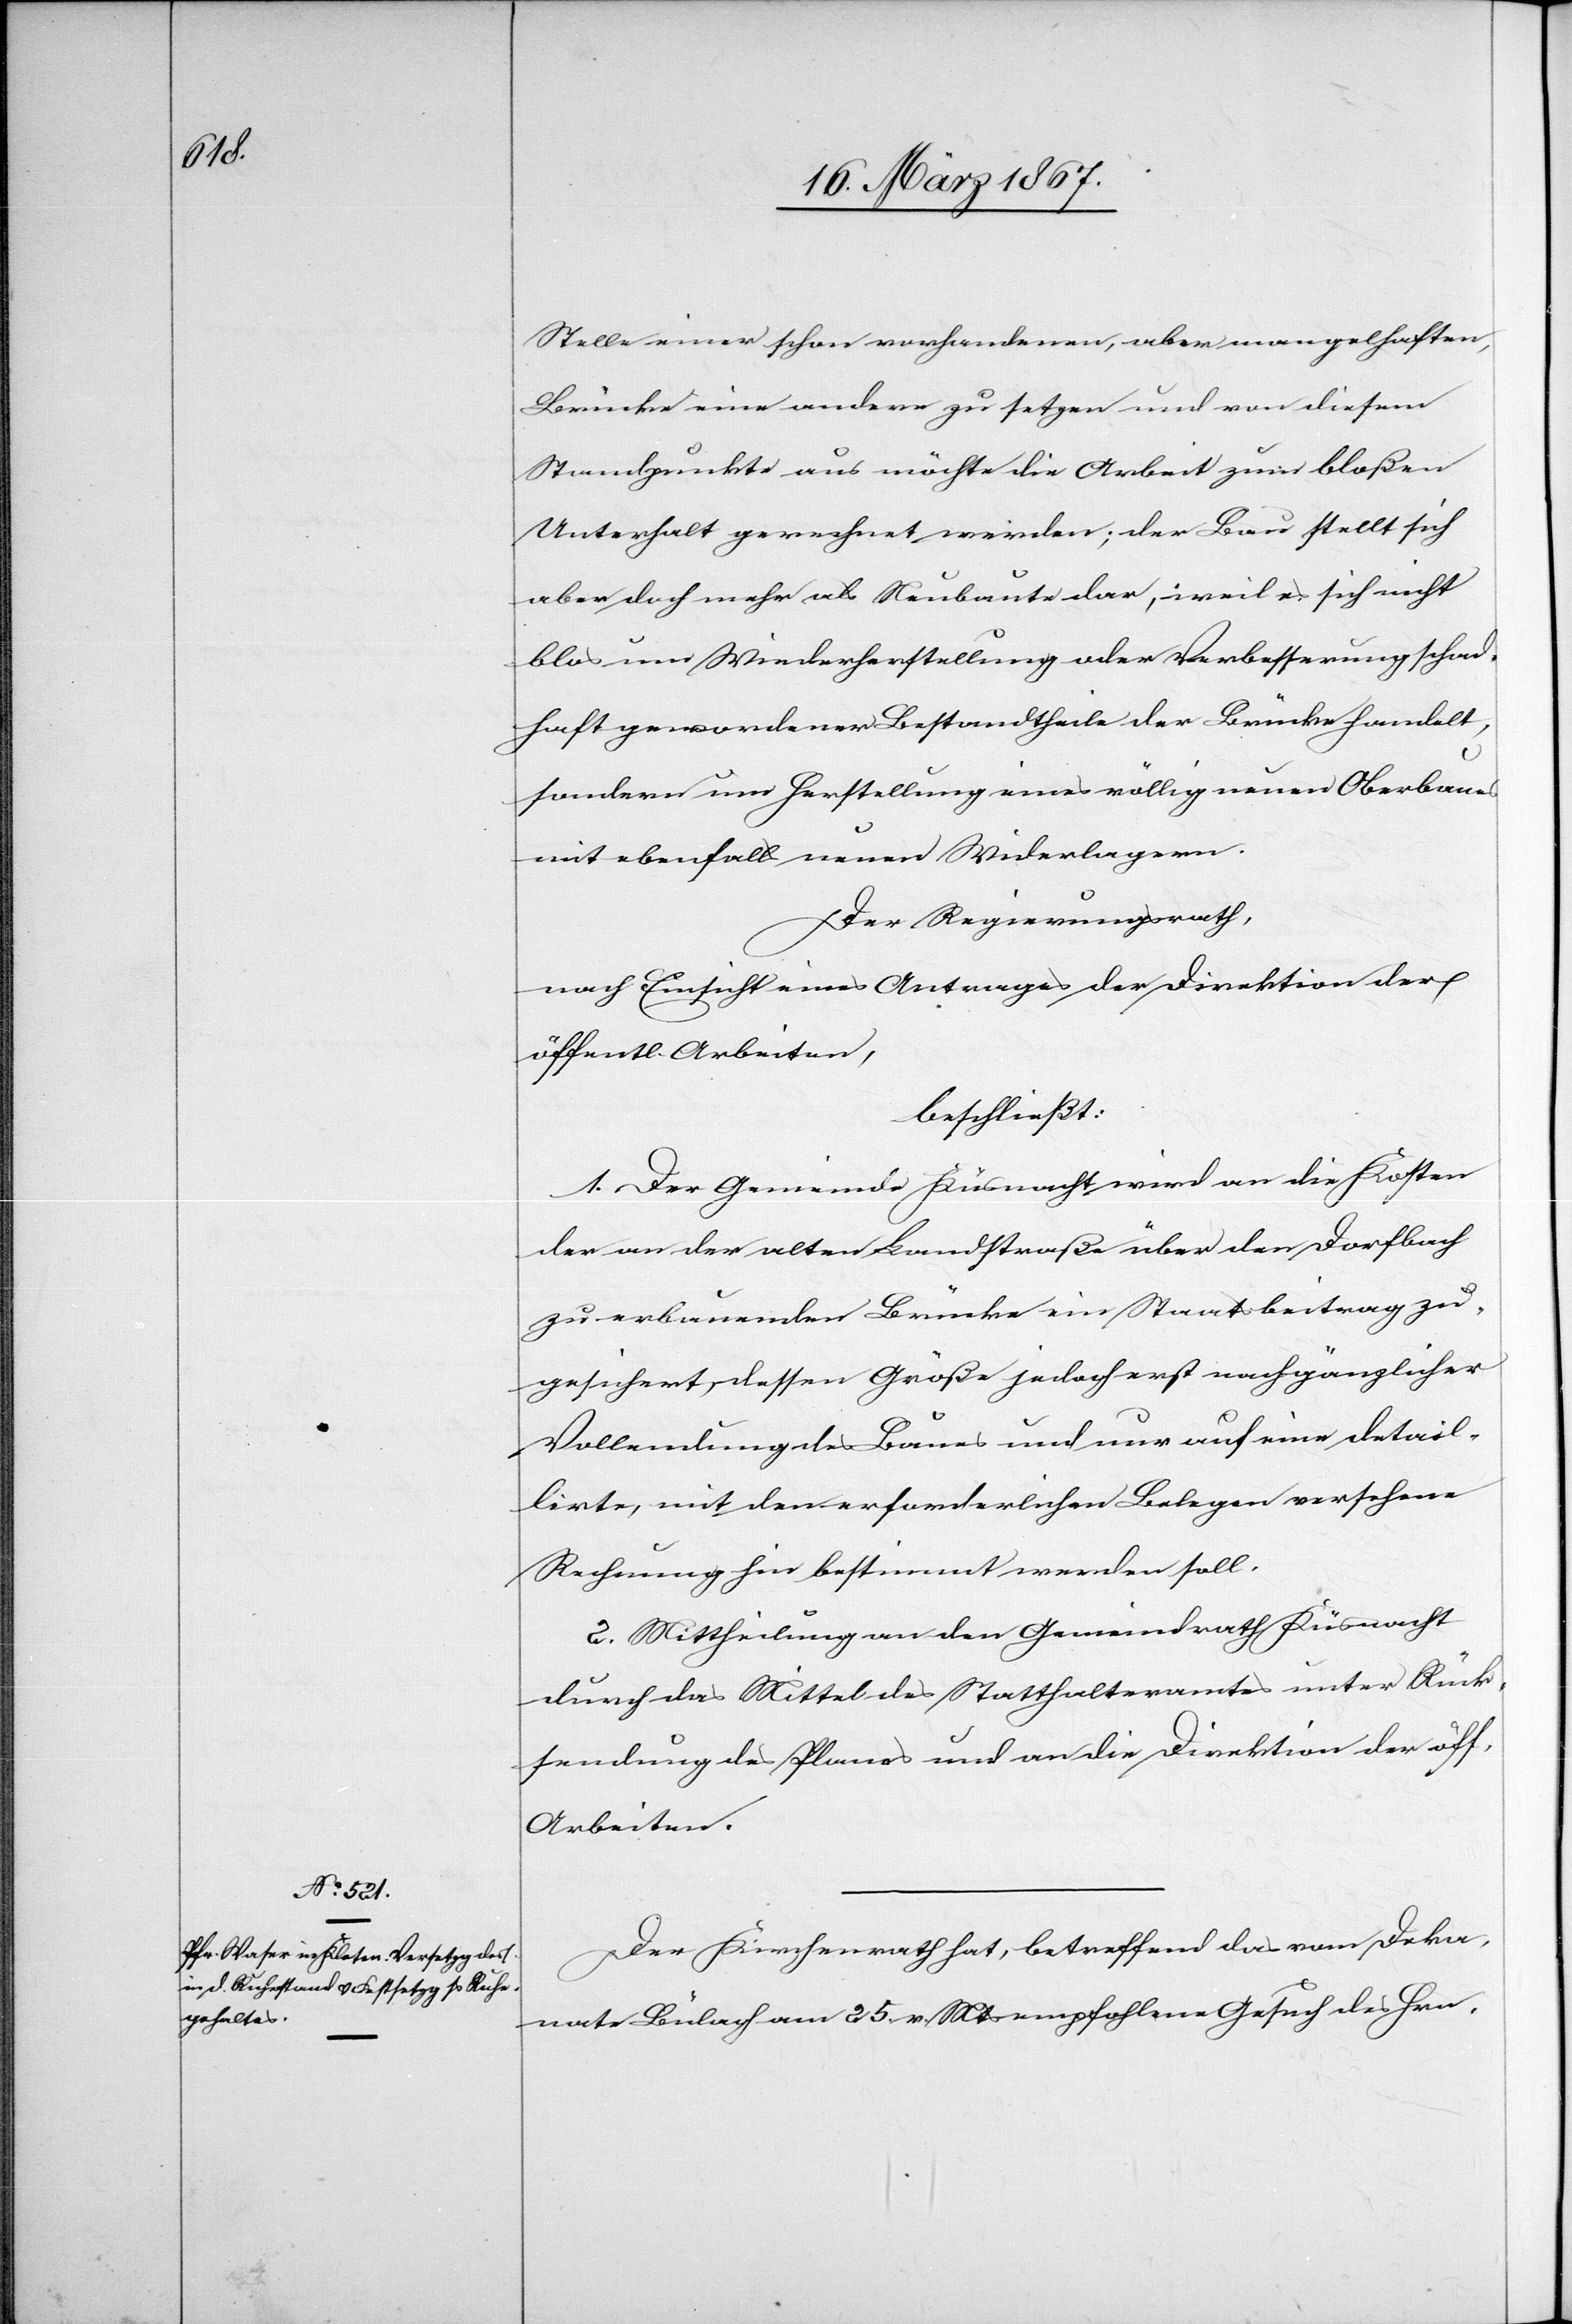
Stelle einer schon vorhandenen, aber mangelhaften,
Brücke eine andere zu setzen und von diesem
Standpunkte aus möchte die Arbeit zum bloßen
Unterhalt gerechnet werden; der Bau stellt sich
aber doch mehr als Neubaute dar, weil es sich nicht
blos um Wiederherstellung oder Verbesserung schad¬
haft gewordener Bestandtheile der Brücke handelt,
sondern um Herstellung eines völlig neuen Oberbaues
mit ebenfalls neuen Widerlagern.
Der Regierungsrath,
nach Einsicht eines Antrages der Direktion der
öffentl. Arbeiten
beschließt:
1. Der Gemeinde Küsnacht wird an die Kosten
der an der alten Landstraße über den Dorfbach
zu erbauenden Brücke ein Staatsbeitrag zu¬
gesichert, dessen Größe jedoch erst nach gänzlicher
Vollendung des Baues und nur auf eine detail¬
lirte, mit den erforderlichen Belegen versehene
Rechnung hin bestimmt werden soll.
2. Mittheilung an den Gemeindrath Küsnacht
durch das Mittel des Statthalteramtes unter Rück¬
sendung des Planes und an die Direktion der öff.
Arbeiten.
Der Kirchenrath hat, betreffend das vom Deka¬
nate Bülach am 25. v. Mts empfohlene Gesuch des Hrn.